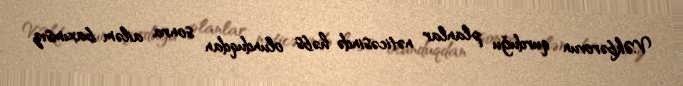
V.Əkbərovun qurduğu planlar nəticəsində həbs olunduqdan sonra ailəm baxımsız